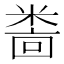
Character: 𫃅